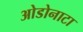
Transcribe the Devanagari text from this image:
ओडोनाटा